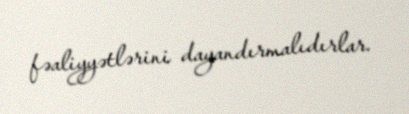
fəaliyyətlərini dayandırmalıdırlar.